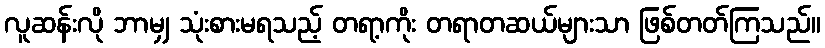
လူဆန်းလို ဘာမျှ သုံးစားမရသည့် တရာ့ကိုး တရာတဆယ်များသာ ဖြစ်တတ်ကြသည်။